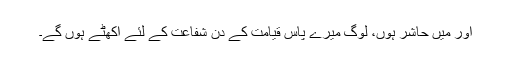
اور میں حاشر ہوں، لوگ میرے پاس قیامت کے دن شفاعت کے لئے اکھٹے ہوں گے۔